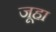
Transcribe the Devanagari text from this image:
जूहा